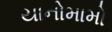
યાનોમામો